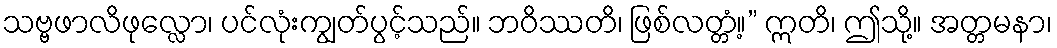
သဗ္ဗဖာလိဖုလ္လော၊ ပင်လုံးကျွတ်ပွင့်သည်။ ဘဝိဿတိ၊ ဖြစ်လတ္တံ့။” ဣတိ၊ ဤသို့။ အတ္တမနာ၊